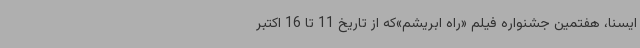
ایسنا، هفتمین جشنواره فیلم «راه ابریشم»که از تاریخ 11 تا 16 اکتبر